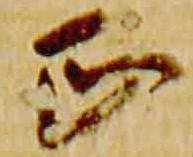
正